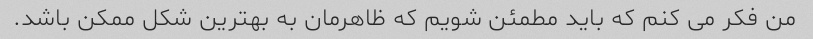
من فکر می کنم که باید مطمئن شویم که ظاهرمان به بهترین شکل ممکن باشد.